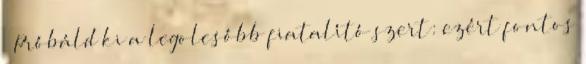
» Próbáld ki a legolcsóbb fiatalító szert: ezért fontos